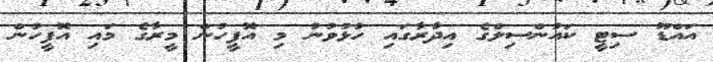
އައްޑޫ ސިޓީ ކައުންސިލްގެ އިދާރާގައި ހުޅުވުނު މި އޮފީހުން މީރާގެ މައި އޮފީހުން